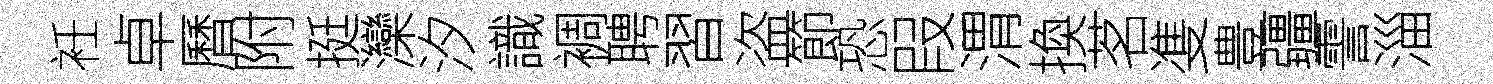
衽卓曆附挺灤汐識裯聘習盗節恐叚渭換茗㕠豊疆霅淄